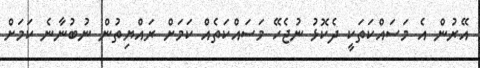
އޭރުން އެ މަސައްކަތަކީ ދެކޮޅު ނުޖެހޭ މަސައްކަތެއް ކަމަށް ރައްޔިތުން ނުބުނާނެ ކަމަށް